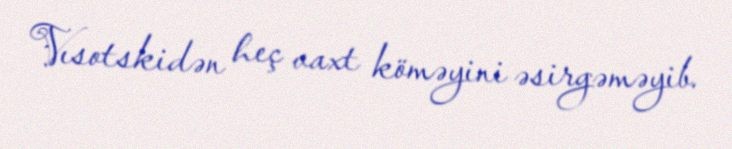
Vısotskidən heç vaxt köməyini əsirgəməyib.